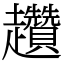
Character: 趲